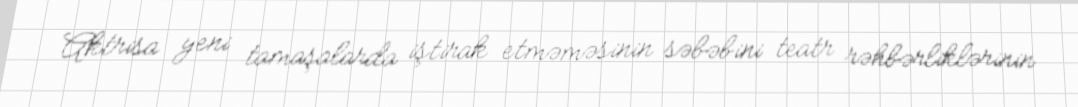
Aktrisa yeni tamaşalarda iştirak etməməsinin səbəbini teatr rəhbərliklərinin